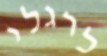
לרגלי